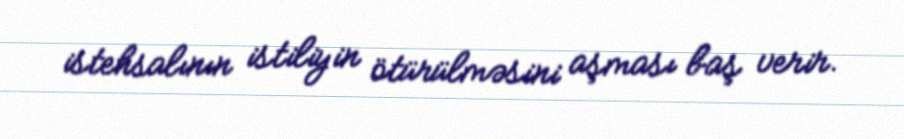
istehsalının istiliyin ötürülməsini aşması baş verir.